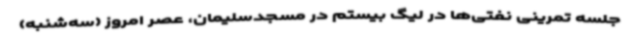
جلسه تمرینی نفتی‌ها در لیگ بیستم در مسجدسلیمان، عصر امروز (سه‌شنبه)